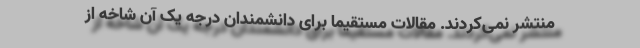
منتشر نمی‌کردند. مقالات مستقیماً برای دانشمندان درجه یک آن شاخه از